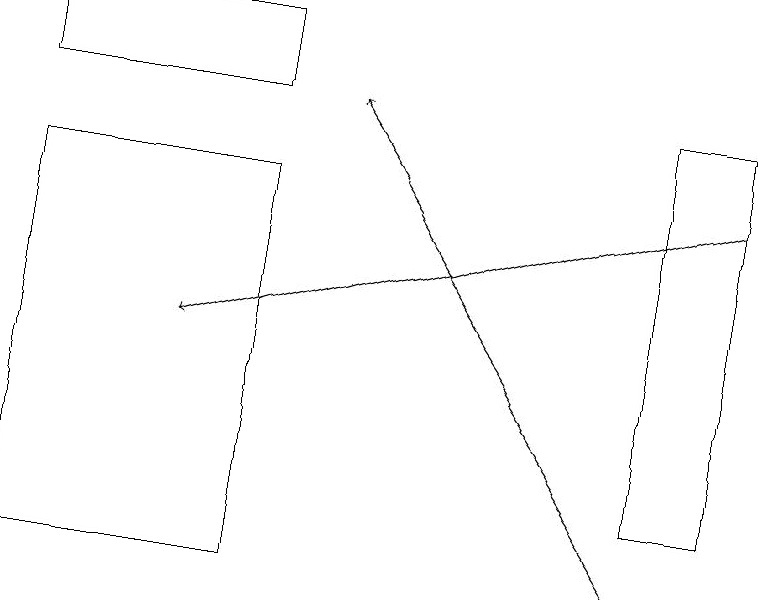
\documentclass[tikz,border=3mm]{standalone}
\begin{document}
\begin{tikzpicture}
\draw (3,11) rectangle (0,16);
\draw (8,17) rectangle (9,12);
\draw[->] (9,16) -- (2,14);
\draw (0,17) rectangle (3,18);
\draw[->] (8,11) -- (4,17);
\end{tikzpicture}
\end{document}